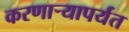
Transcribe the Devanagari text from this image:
करणाऱ्यापर्यंत